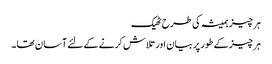
ہر چیز ہمیشہ کی طرح ٹھیک
ہر چیز کے طور پر بیان اور تلاش کرنے کے لئے آسان تھا ۔